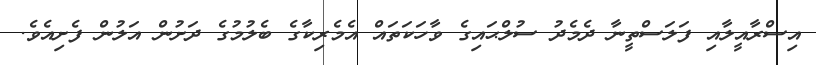
އިސްރާއީލާއި ފަލަސްތީނާ ދެމެދު ސުލްޙައިގެ ވާހަކަތައް އެމެރިކާގެ ބެލުމުގެ ދަށުން އަލުން ފެށިއެވެ.